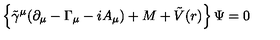
\left\{ { \tilde { \gamma } } ^ { \mu } ( \partial _ { \mu } - \Gamma _ { \mu } - i A _ { \mu } ) + { M } + \tilde { V } ( r ) \right\} \Psi = 0